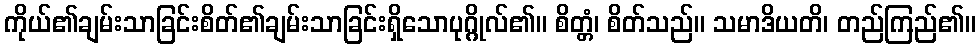
ကိုယ်၏ချမ်းသာခြင်းစိတ်၏ချမ်းသာခြင်းရှိသောပုဂ္ဂိုလ်၏။ စိတ္တံ၊ စိတ်သည်။ သမာဒိယတိ၊ တည်ကြည်၏။